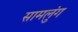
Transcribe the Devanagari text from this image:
सामलुंग